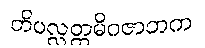
တိပလ္လတ္ထမိဂဇာတက